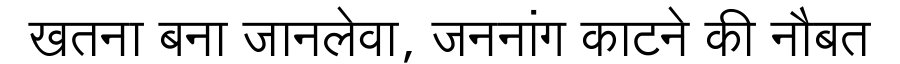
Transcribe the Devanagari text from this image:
खतना बना जानलेवा, जननांग काटने की नौबत